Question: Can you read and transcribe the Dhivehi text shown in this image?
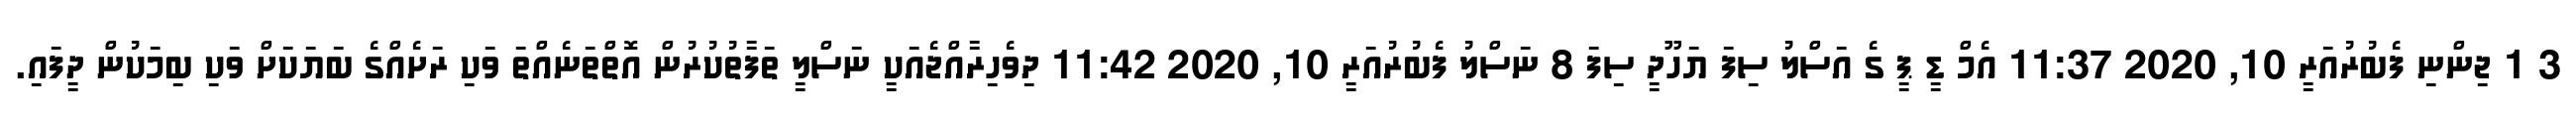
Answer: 3 1 ޖިންނި ފެބުރުއަރީ 10, 2020 11:37 އެމް ޑީ ޕީ ގެ އަސްލު ސިފަ ޔަހޫދީ ސިފަ 8 ނަސްލު ފެބުރުއަރީ 10, 2020 11:42 ދިވެހިރާއްޖެއަކީ ނަސްލީ ތަފާތުކުރުން އޮތްތަނެއްތަ ވަކި ރަށެއްގެ ބަޔަކަށް ވަކި ބިމަކުން ދީފައި.